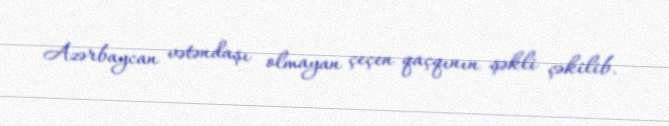
Azərbaycan vətəndaşı olmayan çeçen qaçqının şəkli çəkilib.